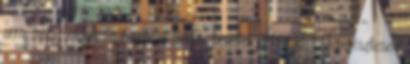
arra, hogy melyik lépésemmel milyen bevétel jön majd. Természtesen